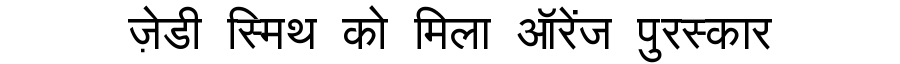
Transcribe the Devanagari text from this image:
ज़ेडी स्मिथ को मिला ऑरेंज पुरस्कार